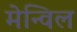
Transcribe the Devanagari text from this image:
मेन्विल